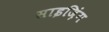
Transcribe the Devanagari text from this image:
साइज़िंग